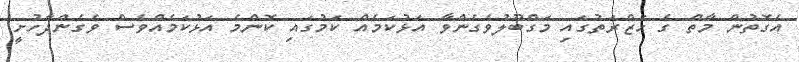
އެގޮތުން މާތް ގެ ހަޒްރަތުގައި މަގްބޫލުވެގެންވާ އަޅުކަމެއް ކަމުގައި ކޮންމެ އަޅުކަމެއްވެސް ވެގެންދާހުށީ